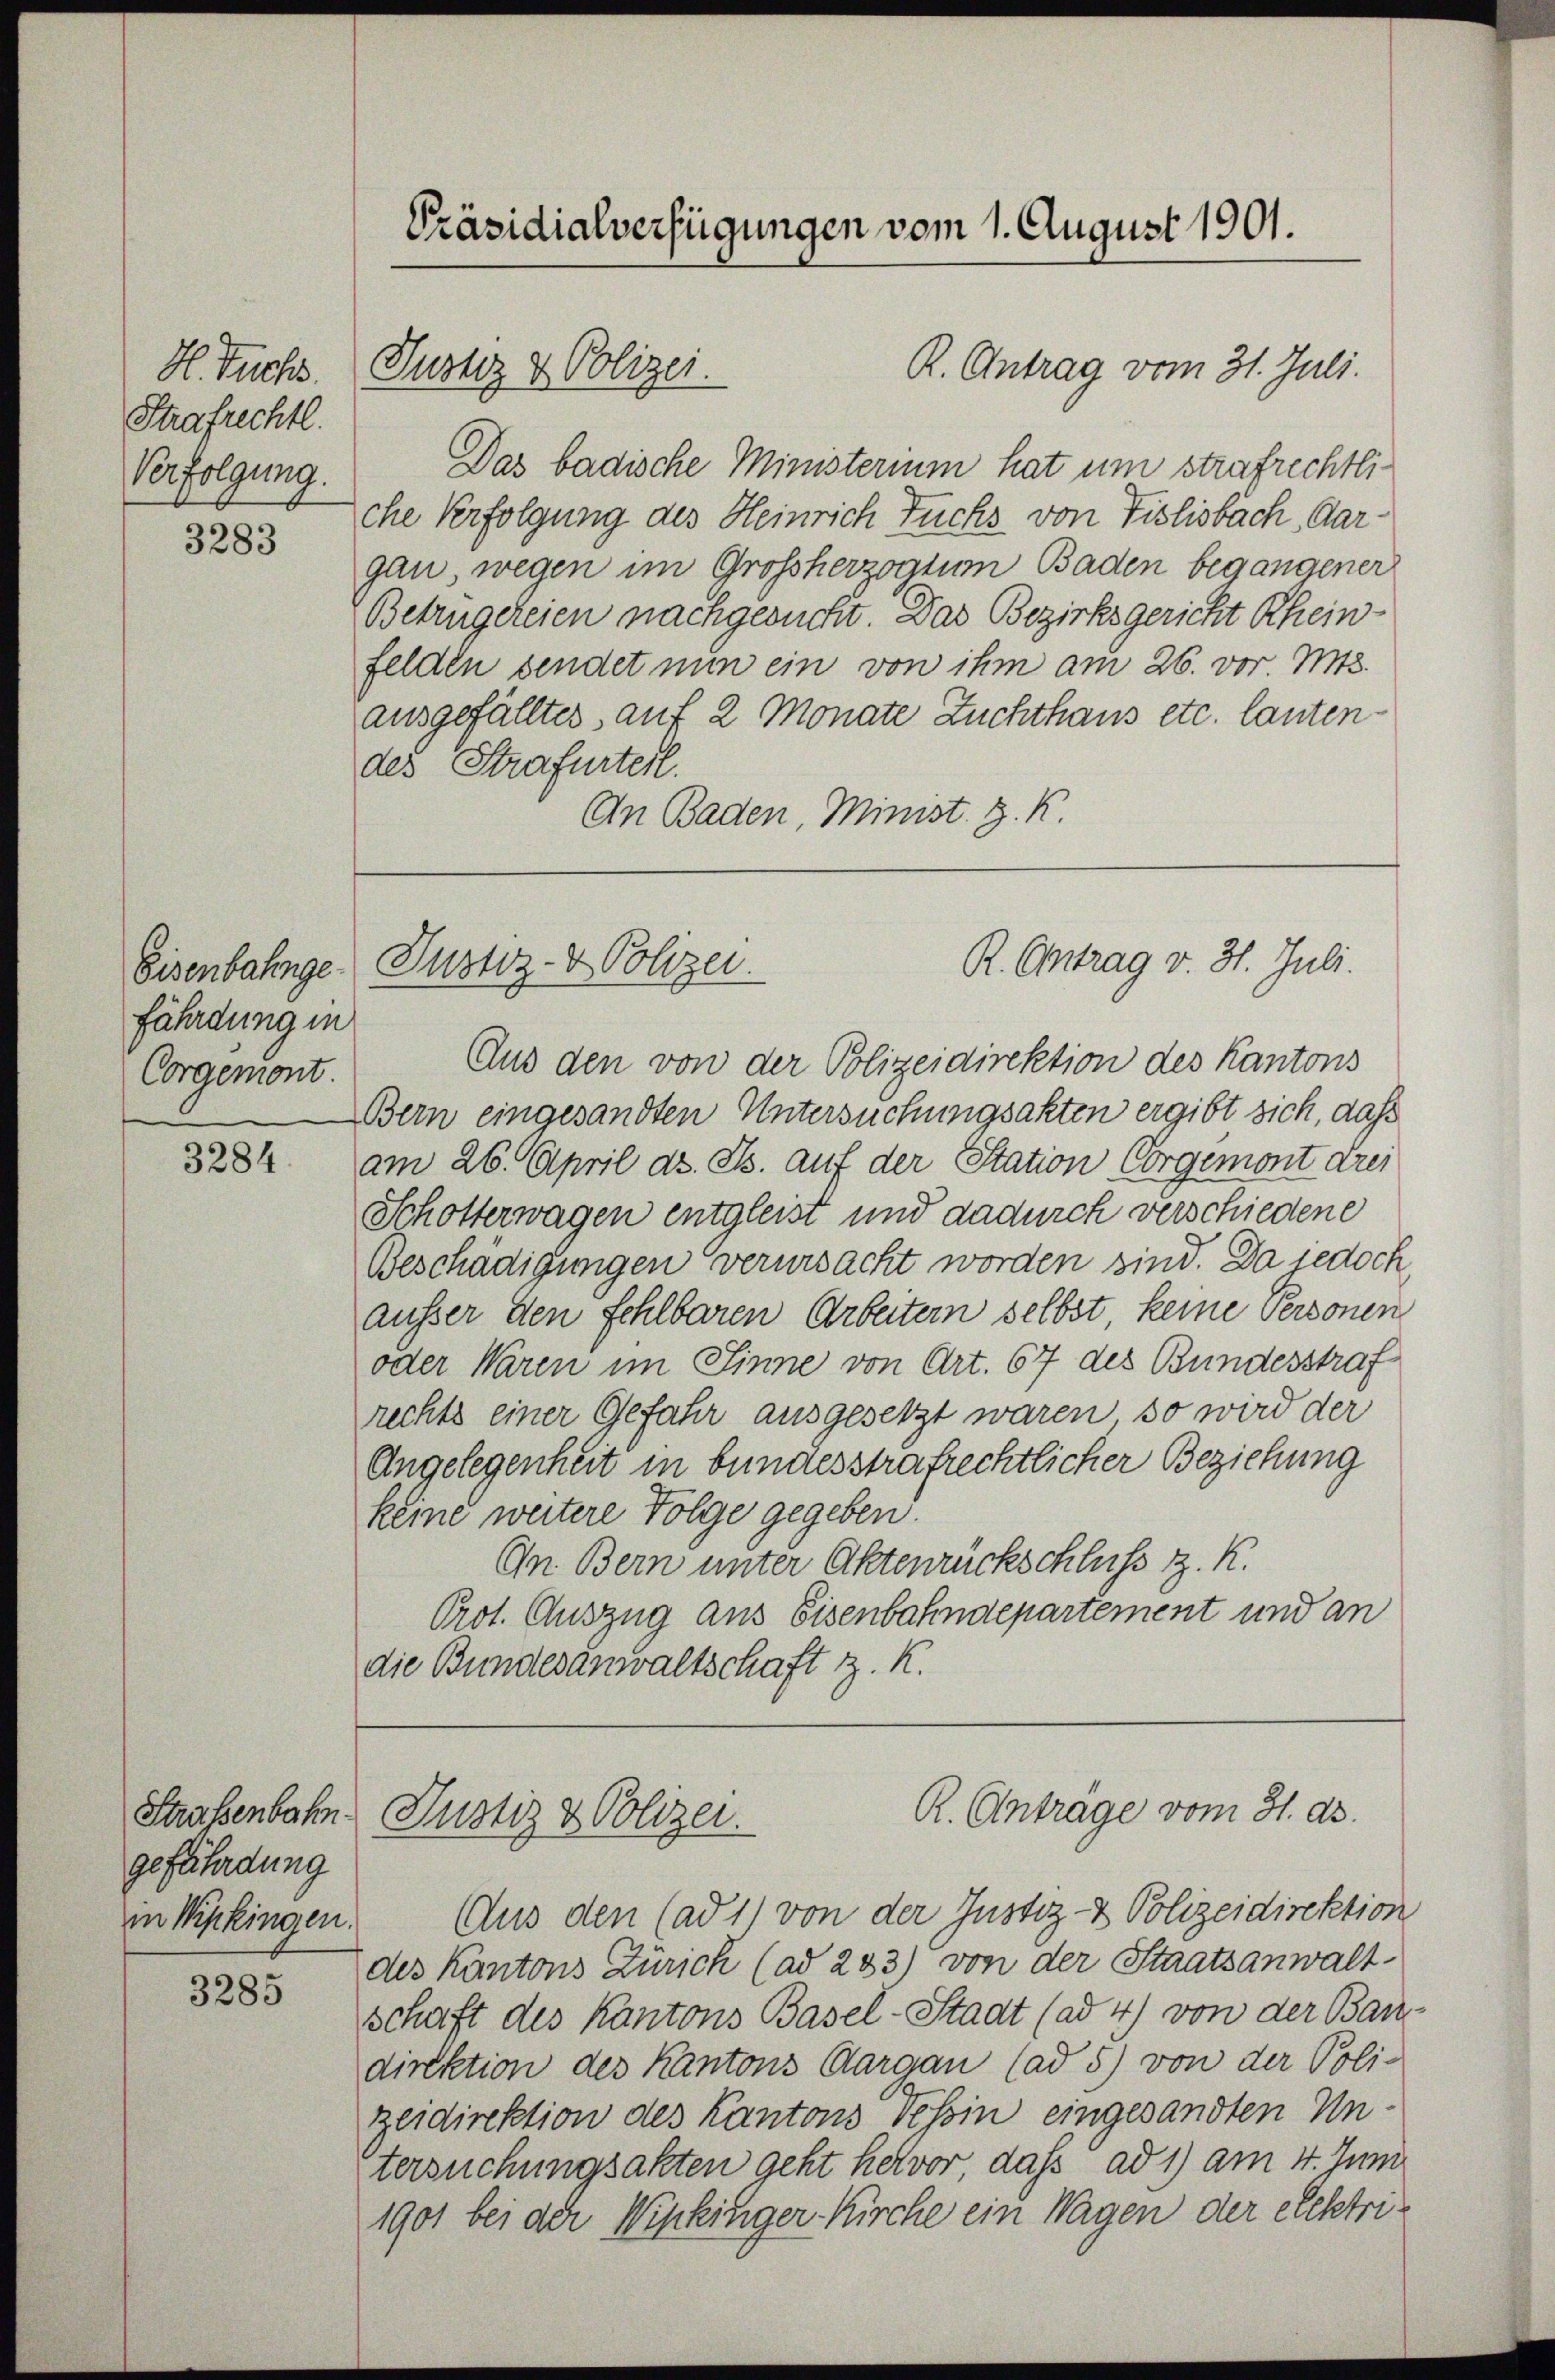
H. Fuchs.
Strafrechtl.
Verfolgung.

3283

Eisenbahnge
fährdung in
Corgemont.

3284

Straßenbahn.
gefährdung
in Wipkingen.

3285

Präsidialverfügungen vom 1. August 1901.

Justiz & Polizei.

Das badische Ministerium hat um strafrechtliche Verfolgung des Heinrich Fuchs von Fislisbach, Aargan, wegen im Großherzogtum Baden begangener
Betrügereien nachgesucht. Das Bezirksgericht Rhein-
felden sendet nun ein von ihm am 26. vor. Mts.
ausgefälltes auf 2 Monate Zuchthaus etc. lautendes Strafurteil.
An Baden, Minist. H. K.

Justiz- & Polizei.

R. Antrag vom 31. Juli.

R. Antrag v. 31. Juli.

Aus den von der Polizeidirektion des Kantons
Bern eingesandten Untersuchungsakten ergibt sich, daß
am 26. April d. Js. auf der Station Corgemont drei
Schotterwagen entgleist und dadurch verschiedene
Beschädigungen verursacht worden sind. Da jedoch,
ausser den fehlbaren Arbeitern selbst keine Personen
oder Waren im Sinne von Art. 67 des Bundesstraf
rechts einer Gefahr ausgesetzt waren, so wird der
Angelegenheit in bundesstrafrechtlicher Beziehung
keine weitere Folge gegeben.
An Bern unter Aktenrückschluss z. K.
Prot. Auszug aus Eisenbahndepartement und an
die Bundesanwaltschaft z. K.

R. Antrage vom 31. ds.
Justiz & Polizei.

Aus den (ad 1) von der Justiz- & Polizeidirektion
des Kantons Zürich (ad 233) von der Staatsanwaltschaft des Kantons Basel-Stadt (ad 4) von der Bau-
direktion des Kantons Aargau (ad 5) von der Poli-
zeidirektion des Kantons Tessin eingesandten Untersuchungsakten geht hervor dass ad 1) am 4. Juni
1901 bei der Wipkinger Kirche ein Wagen der elektri¬